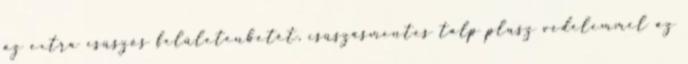
az extra csúszós felületenbetét, csúszásmentes talp plusz védelemmel az